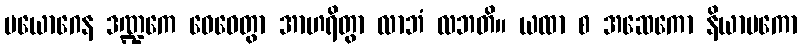
ပယောဂေန ဒဏ္ဍကေ ဝေဓေတွာ အာဟရိတွာ လာဘံ လဘတိ။ ယထာ စ အဆေကော နိယာမကော